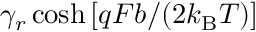
\gamma _ { r } \cosh \left[ q F b / ( 2 k _ { \mathrm { B } } T ) \right]